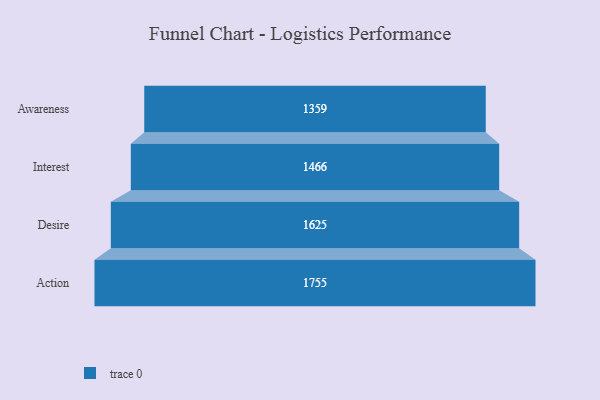
{"axis": {"x": "Stage", "y": "Value"}, "legend": [""], "data": [{"x": "Awareness", "y": 1359.0, "type": ""}, {"x": "Interest", "y": 1466.0, "type": ""}, {"x": "Desire", "y": 1625.0, "type": ""}, {"x": "Action", "y": 1755.0, "type": ""}]}